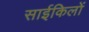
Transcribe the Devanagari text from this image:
साईकिलों